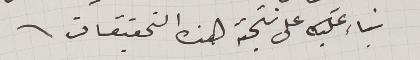
بناء عليه على نتجة هذه التحقيقات